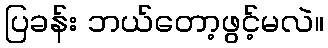
ပြခန်း ဘယ်တော့ဖွင့်မလဲ။